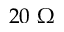
2 0 ~ \Omega